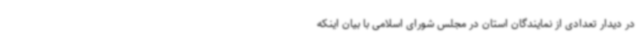
در دیدار تعدادی از نمایندگان استان در مجلس شورای اسلامی با بیان اینکه